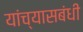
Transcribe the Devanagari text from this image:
यांच्यासबंधी